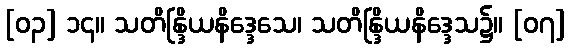
[၀၃] ၁၄။ သတိန္ဒြိယနိဒ္ဒေသေ၊ သတိန္ဒြိယနိဒ္ဒေသ၌။ [၀၇]